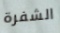
الشفرة